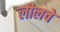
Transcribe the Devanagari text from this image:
लीलचे